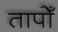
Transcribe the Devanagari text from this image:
तापोँ